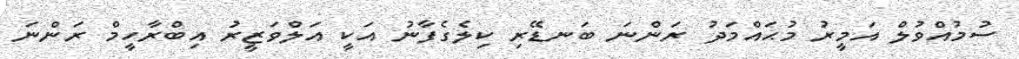
ސުމުއްވުލް އަމީރު މުޙައްމަދު ރަންނަ ބަނޑޭރި ކިލެގެފާނު އަކީ އަލްވަޒީރު އިބްރާހީމް ރަންނަ